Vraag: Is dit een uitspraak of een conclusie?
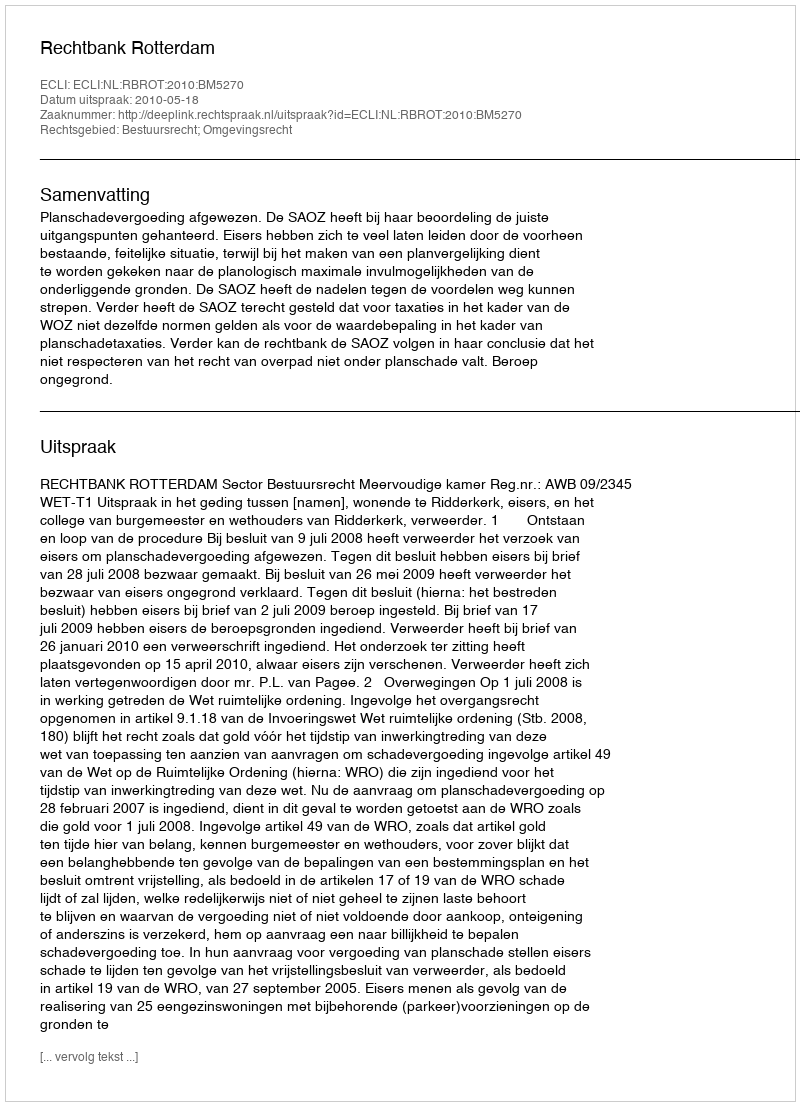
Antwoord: Uitspraak